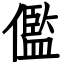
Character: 儖